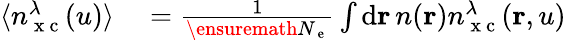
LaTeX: \begin{array}{rl}{\langle n_{\mathrm{~x~c~}}^{\lambda}(u)\rangle}&{{}=\frac{1}{\ensuremath{N_{\mathrm{~e~}}}}\int\mathrm{d}\mathbf{r}\, n(\mathbf{r})n_{\mathrm{~x~c~}}^{\lambda}(\mathbf{r},u)}\end{array}